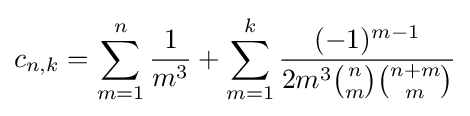
c_{n,k}=\sum _{m=1}^{n}{\frac {1}{m^{3}}}+\sum _{m=1}^{k}{\frac {(-1)^{m-1}}{2m^{3}{\binom {n}{m}}{\binom {n+m}{m}}}}